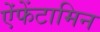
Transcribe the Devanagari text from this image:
ऐंफेंटामिन